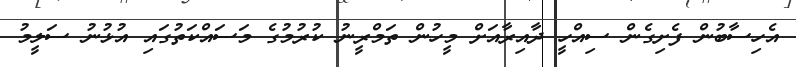
އެހިސާބުން ފެށިގެން ސިއްހީ ދާއިރާއަށް މީހުން ތަމްރީނު ކުރުމުގެ މަސައްކަތުގައި އުޅުނު ސަލީމު